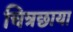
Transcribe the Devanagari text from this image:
चित्रछाया